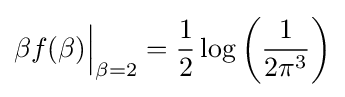
\beta f(\beta ){\Big |}_{\beta =2}={\frac {1}{2}}\log \left({\frac {1}{2\pi ^{3}}}\right)